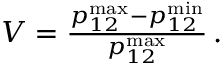
\begin{array} { r } { V = \frac { p _ { 1 2 } ^ { \mathrm { m a x } } - p _ { 1 2 } ^ { \mathrm { m i n } } } { p _ { 1 2 } ^ { \mathrm { m a x } } } \, . } \end{array}